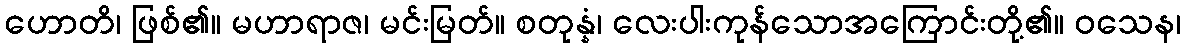
ဟောတိ၊ ဖြစ်၏။ မဟာရာဇ၊ မင်းမြတ်။ စတုန္နံ၊ လေးပါးကုန်သောအကြောင်းတို့၏။ ဝသေန၊